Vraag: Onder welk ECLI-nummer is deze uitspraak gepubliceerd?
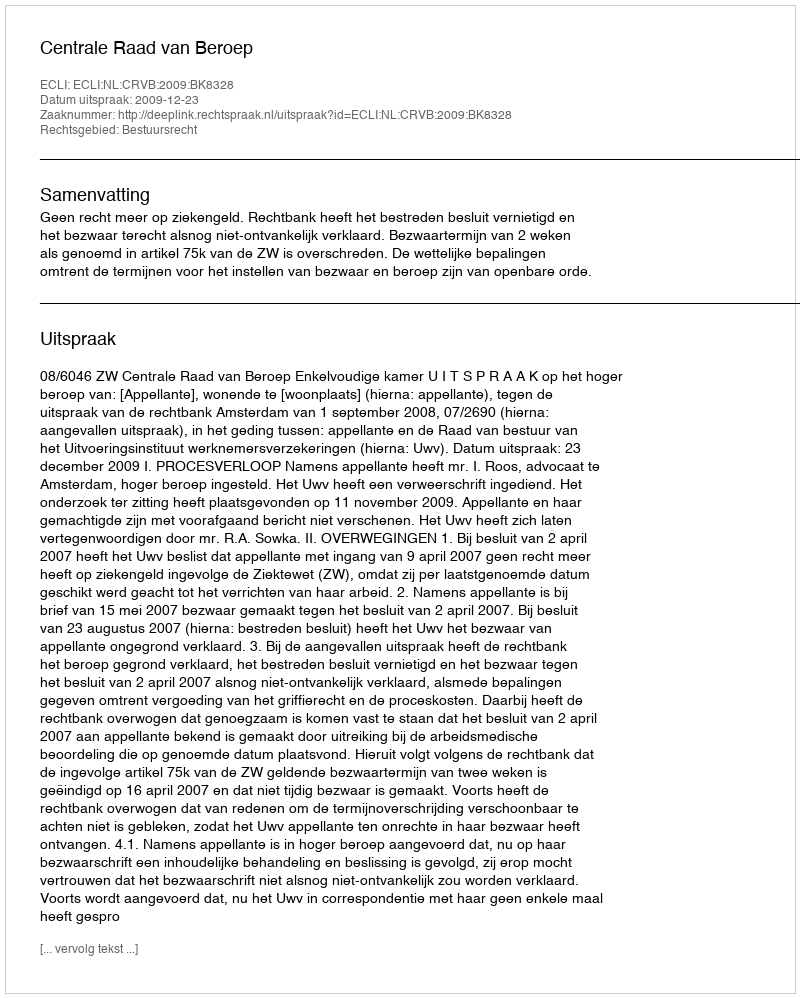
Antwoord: ECLI:NL:CRVB:2009:BK8328